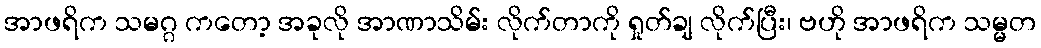
အာဖရိက သမဂ္ဂ ကတော့ အခုလို အာဏာသိမ်း လိုက်တာကို ရှုတ်ချ လိုက်ပြီး၊ ဗဟို အာဖရိက သမ္မတ